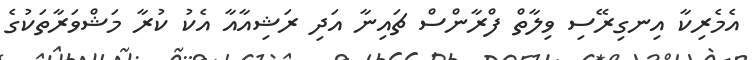
އެމެރިކާ އިނގިރޭސި ވިލާތް ފްރާންސް ޗައިނާ އަދި ރަޝިއާއާ އެކު ކުރާ މަޝްވަރާތަކުގެ